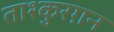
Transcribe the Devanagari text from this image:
ताश्कुरग़न